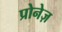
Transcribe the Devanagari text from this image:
प्रोनेज़